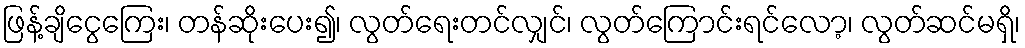
ဖြန့်ချိငွေကြေး၊ တန်ဆိုးပေး၍၊ လွတ်ရေးတင်လျှင်၊ လွတ်ကြောင်းရင်လော့၊ လွတ်ဆင်မရှိ၊